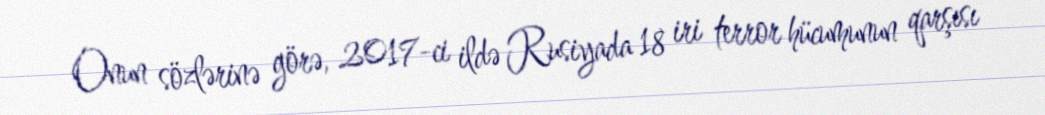
Onun sözlərinə görə, 2017-ci ildə Rusiyada 18 iri terror hücumunun qarşısı